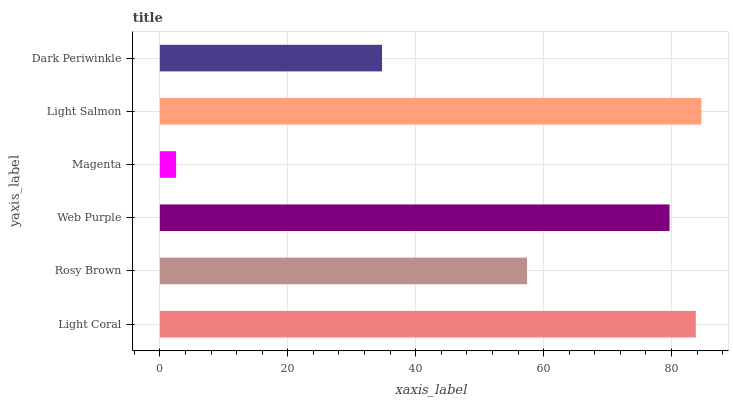
| yaxis_label | bars |
 | --- | --- |
 | Light Coral | 83.8 |
 | Rosy Brown | 57.4 |
 | Web Purple | 79.7 |
 | Magenta | 2.54 |
 | Light Salmon | 84.7 |
 | Dark Periwinkle | 34.7 |